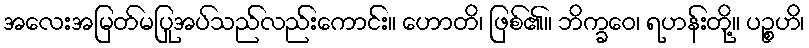
အလေးအမြတ်မပြုအပ်သည်လည်းကောင်း။ ဟောတိ၊ ဖြစ်၏။ ဘိက္ခဝေ၊ ရဟန်းတို့။ ပဉ္စဟိ၊